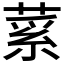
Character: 𦷲